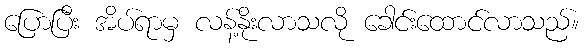
ပြောပြီး အိပ်ရာမှ လန့်နိုးလာသလို ခေါင်းထောင်လာသည်။